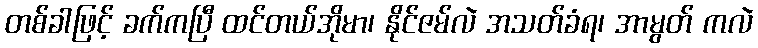
တစ်ခါဖြင့် ခက်ကပြီ ထင်တယ်အိုမာ၊ နိုင်ဇမ်လဲ အသတ်ခံရ၊ အာမွတ် ကလဲ